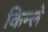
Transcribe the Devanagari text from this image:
किन्ले